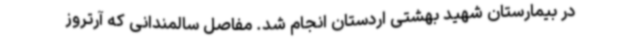
در بیمارستان شهید بهشتی اردستان انجام شد. مفاصل سالمندانی که آرتروز